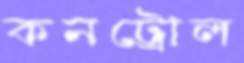
কনট্রোল